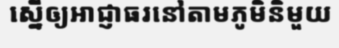
ស្នើឲ្យអាជ្ញាធរនៅតាមភូមិនិមួយ